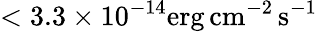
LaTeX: <3.3\times 10^{-14}\mathrm{erg\, cm^{-2}\, s^{-1}}